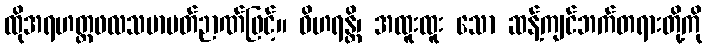
ထိုအရဟတ္တဖလသမာပတ်ဉာဏ်ဖြင့်။ ဝိဟရန္တိ၊ အထူးထူး သော ဆန့်ကျင်ဘက်တရားတို့ကို